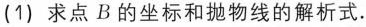
(1)求点B的坐标和抛物线的解析式.